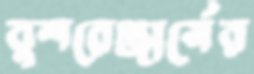
বুশরেঞ্জার্সের